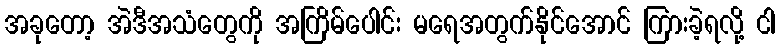
အခုတော့ အဲဒီအသံတွေကို အကြိမ်ပေါင်း မရေအတွက်နိုင်အောင် ကြားခဲ့ရလို့ ငါ